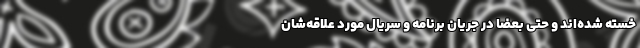
خسته‌ شده‌اند و حتی بعضاً در جریان برنامه و سریال مورد علاقه‌شان